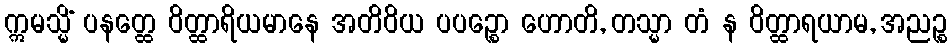
ဣမသ္မိံ ပနတ္ထေ ဝိတ္ထာရိယမာနေ အတိဝိယ ပပဉ္စော ဟောတိ, တသ္မာ တံ န ဝိတ္ထာရယာမ, အညဉ္စ